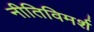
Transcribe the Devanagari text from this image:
नीतिविमर्श